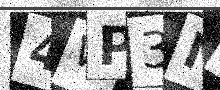
Text: 4WP3NU